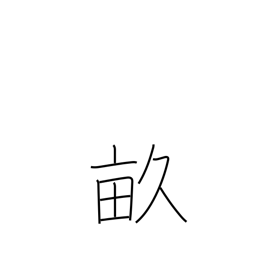
Meaning: thirty tsubo